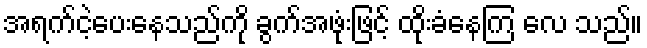
အရက်ငဲ့ပေးနေသည်ကို ခွက်အဖုံးဖြင့် ထိုးခံနေကြ လေ သည်။